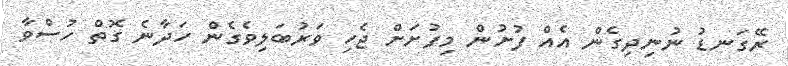
ރޭގަނޑު ނުނިދިގެން އެއް ފުށުން މިފުށަށް ޖެހި ވަރުބަލިވެގެން ހަދާނެ ގޮތް ހުސްވާ